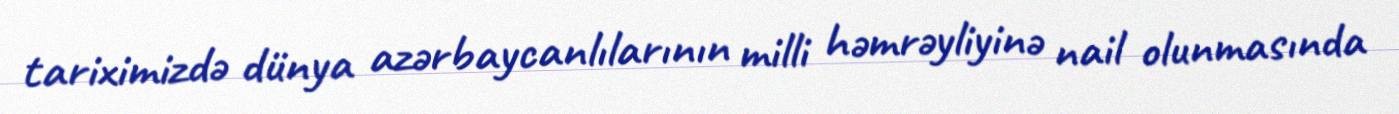
tariximizdə dünya azərbaycanlılarının milli həmrəyliyinə nail olunmasında